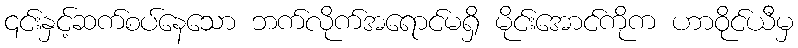
၎င်းနှင့်ဆက်စပ်နေသော ဘက်လိုက်အရောင်မရှိ မိုင်းအောင်ကိုက ဟာဝိုင်ယီမှ